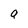
Character: 9